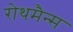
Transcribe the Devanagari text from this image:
रोथमैन्स